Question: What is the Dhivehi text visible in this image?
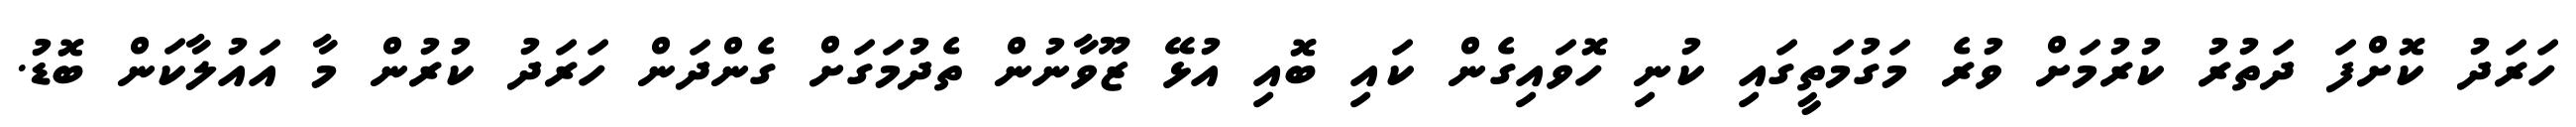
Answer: ހަރަދު ކޮށްފަ ދަތުރު ކުރުމަށް ވުރެ މަގުމަތީގައި ކުނި ހޮވައިގެން ކައި ބޮއި އުޅޭ ޒޫވާނުން ތެދުމަގަށް ގެންދަން ހަރަދު ކުރުން މާ އައުލާކަން ބޮޑު.